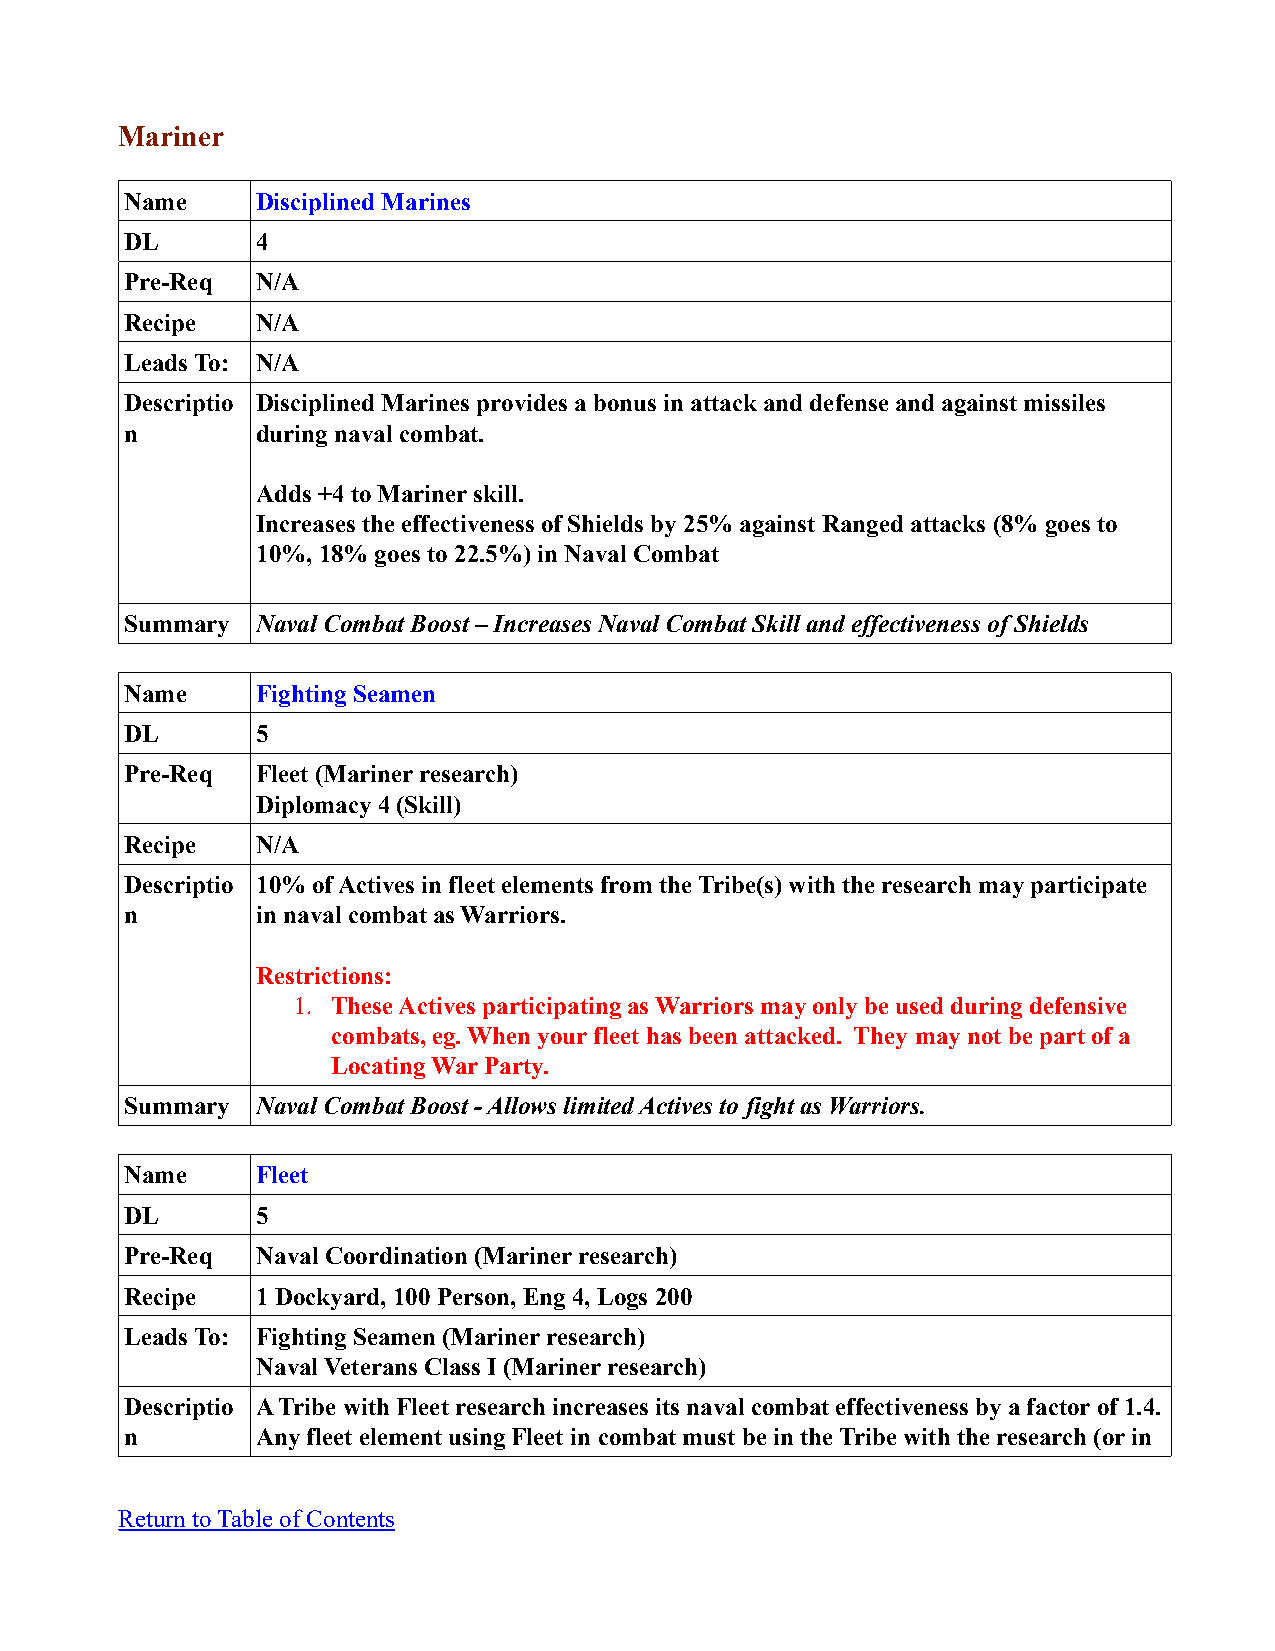
Mariner
 Name     Disciplined Marines
 DL       4
 Pre-Req  N/A
 Recipe   N/A
 Leads To: N/A
 Descriptio Disciplined Marines provides a bonus in attack and defense and against missiles
 n        during naval combat.
 Adds +4 to Mariner skill.
 Increases the effectiveness of Shields by 25% against Ranged attacks (8% goes to
 10%, 18% goes to 22.5%) in Naval Combat
 Summary  Naval Combat Boost – Increases Naval Combat Skill and effectiveness of Shields
 Name     Fighting Seamen
 DL       5
 Pre-Req  Fleet (Mariner research)
 Diplomacy 4 (Skill)
 Recipe   N/A
 Descriptio 10% of Actives in fleet elements from the Tribe(s) with the research may participate
 n        in naval combat as Warriors.
 Restrictions:
 1. These Actives participating as Warriors may only be used during defensive
 combats, eg. When your fleet has been attacked. They may not be part of a
 Locating War Party.
 Summary  Naval Combat Boost - Allows limited Actives to fight as Warriors.
 Name     Fleet
 DL       5
 Pre-Req  Naval Coordination (Mariner research)
 Recipe   1 Dockyard, 100 Person, Eng 4, Logs 200
 Leads To: Fighting Seamen (Mariner research)
 Naval Veterans Class I (Mariner research)
 Descriptio A Tribe with Fleet research increases its naval combat effectiveness by a factor of 1.4.
 n        Any fleet element using Fleet in combat must be in the Tribe with the research (or in
 Return to Table of Contents